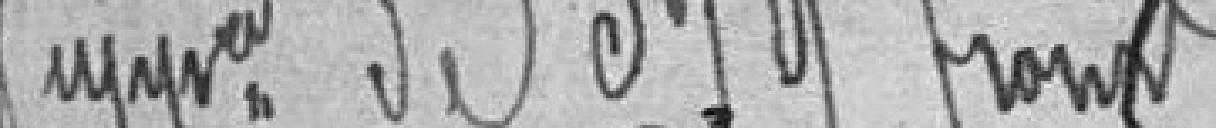
.... de 379 francs